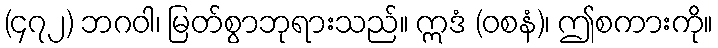
(၄၇၂) ဘဂဝါ၊ မြတ်စွာဘုရားသည်။ ဣဒံ (ဝစနံ)၊ ဤစကားကို။